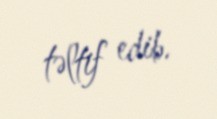
təltif edib.